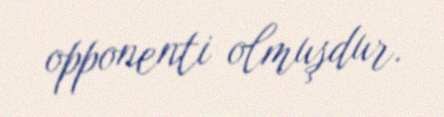
opponenti olmuşdur.